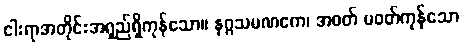
ငါးရာအတိုင်းအရှည်ရှိကုန်သော။ နဂ္ဂသမဏကေ၊ အဝတ် မဝတ်ကုန်သော